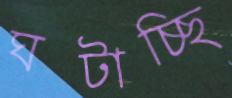
ঘটাচ্ছি